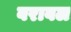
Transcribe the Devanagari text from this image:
वरावल